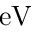
\mathrm { e V }